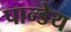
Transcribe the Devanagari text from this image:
पान्डेय